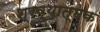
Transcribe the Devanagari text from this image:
श्रव्यात्मक